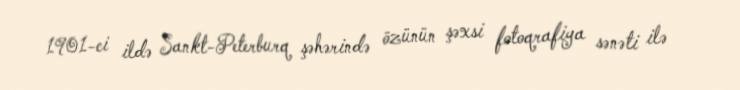
1901-ci ildə Sankt-Peterburq şəhərində özünün şəxsi fotoqrafiya sənəti ilə